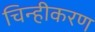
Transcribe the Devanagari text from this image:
चिन्हीकरण